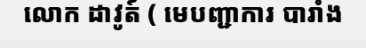
លោក ដាវូត៍ ( មេបញ្ជាការ បារាំង